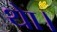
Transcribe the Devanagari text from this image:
थाे।